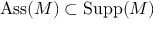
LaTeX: \operatorname { A s s } ( M ) \subset \operatorname { S u p p } ( M )